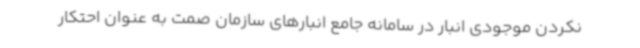
نکردن موجودی انبار در سامانه جامع انبارهای سازمان صمت به عنوان احتکار